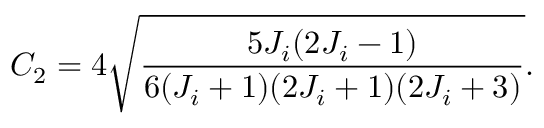
C _ { 2 } = 4 \sqrt { \frac { 5 J _ { i } ( 2 J _ { i } - 1 ) } { 6 ( J _ { i } + 1 ) ( 2 J _ { i } + 1 ) ( 2 J _ { i } + 3 ) } } .